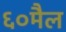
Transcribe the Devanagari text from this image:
६०मैल